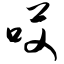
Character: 哎